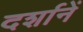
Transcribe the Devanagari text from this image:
दर्शानें